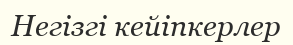
Негізгі кейіпкерлер